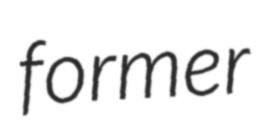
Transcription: former